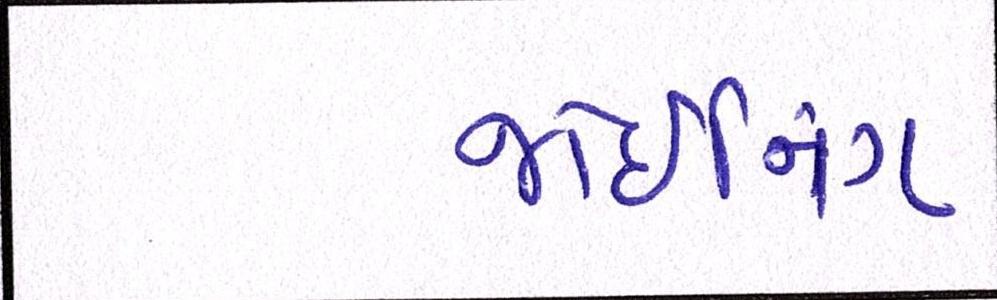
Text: જોઇનિંગ